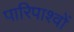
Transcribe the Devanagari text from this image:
पारिपाश्वों